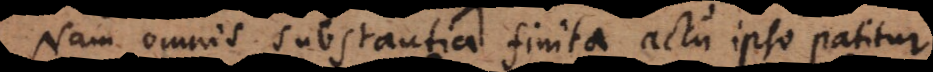
Nam omnis substantia finita actu ipso patitur